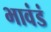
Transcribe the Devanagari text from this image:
भावंडं